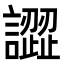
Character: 譅